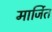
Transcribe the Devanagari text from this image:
मार्जित